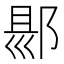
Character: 𨜇